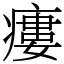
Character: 瘻